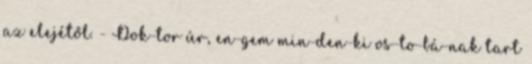
az elejétől. - Dok-tor úr, en-gem min-den-ki os-to-bá-nak tart